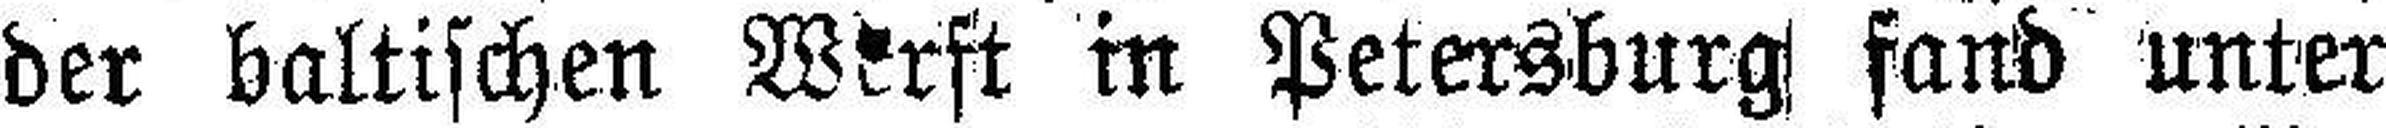
der baltischen Wirft in Petersburg fand unter